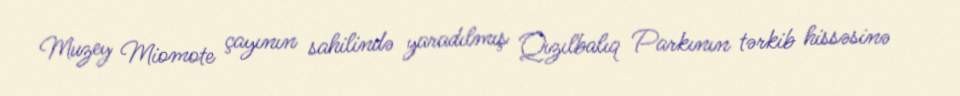
Muzey Miomote çayının sahilində yaradılmış Qızılbalıq Parkının tərkib hissəsinə